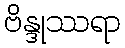
ဗိန္ဒုဿရာ